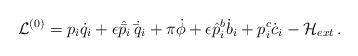
LaTeX: \begin{align*}\mathcal{L}^{(0)} = p_i \dot{q}_i + \epsilon \hat{\bar{p}}_i \dot{\bar{q}\,}_i + \pi\dot{\phi} + \epsilon \hat{p}_i^b \dot{b}_i + p_i^c \dot{c}_i - \mathcal{H}_{ext}\,.\end{align*}